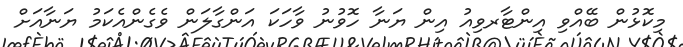
މިކޮޅުން ބޭއްވި އިންޓާރވިއު އިން ޔަނާ ހޮވުނު ވާހަކަ އަންގާލަން ވެގެންއެކަމު ޔަނާއަށް